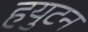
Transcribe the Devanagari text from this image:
हयुटन